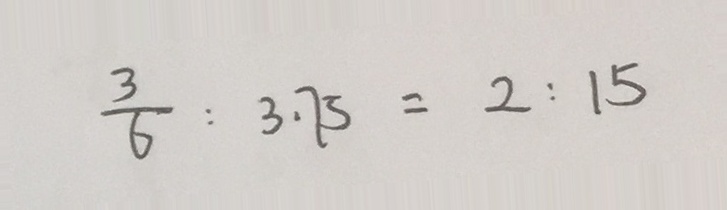
\frac { 3 } { 6 } : 3 . 7 5 = 2 : 1 5